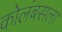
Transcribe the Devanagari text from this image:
कोलंबसला